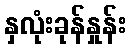
နှလုံးခုန်နှုန်း